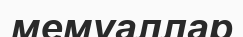
мемуаллар